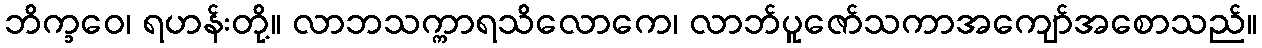
ဘိက္ခဝေ၊ ရဟန်းတို့။ လာဘသက္ကာရသိလောကေ၊ လာဘ်ပူဇော်သကာအကျော်အစောသည်။